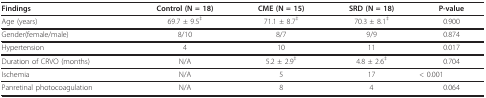
| Findings | Control (N = 18) | CME (N = 15) | SRD (N = 18) | P-value |
 | --- | --- | --- | --- | --- |
 | Age (years) | 69.7 ± 9.5‡ | 71.1 ± 8.7‡ | 70.3 ± 8.1‡ | 0.900 |
 | Gender(female/male) | 8/10 | 8/7 | 9/9 | 0.874 |
 | Hypertension | 4 | 10 | 11 | 0.017 |
 | Duration of CRVO (months) | N/A | 5.2 ± 2.9‡ | 4.8 ± 2.6‡ | 0.704 |
 | Ischemia | N/A | 5 | 17 | < 0.001 |
 | Panretinal photocoagulation | N/A | 8 | 4 | 0.064 |